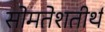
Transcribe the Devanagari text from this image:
सोमतेशतीर्थ